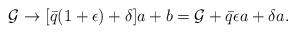
LaTeX: \begin{align*}\mathcal{G}\to [\bar q(1+\epsilon)+\delta]a+b=\mathcal{G}+\bar q\epsilon a+\delta a. \end{align*}